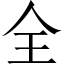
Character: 全